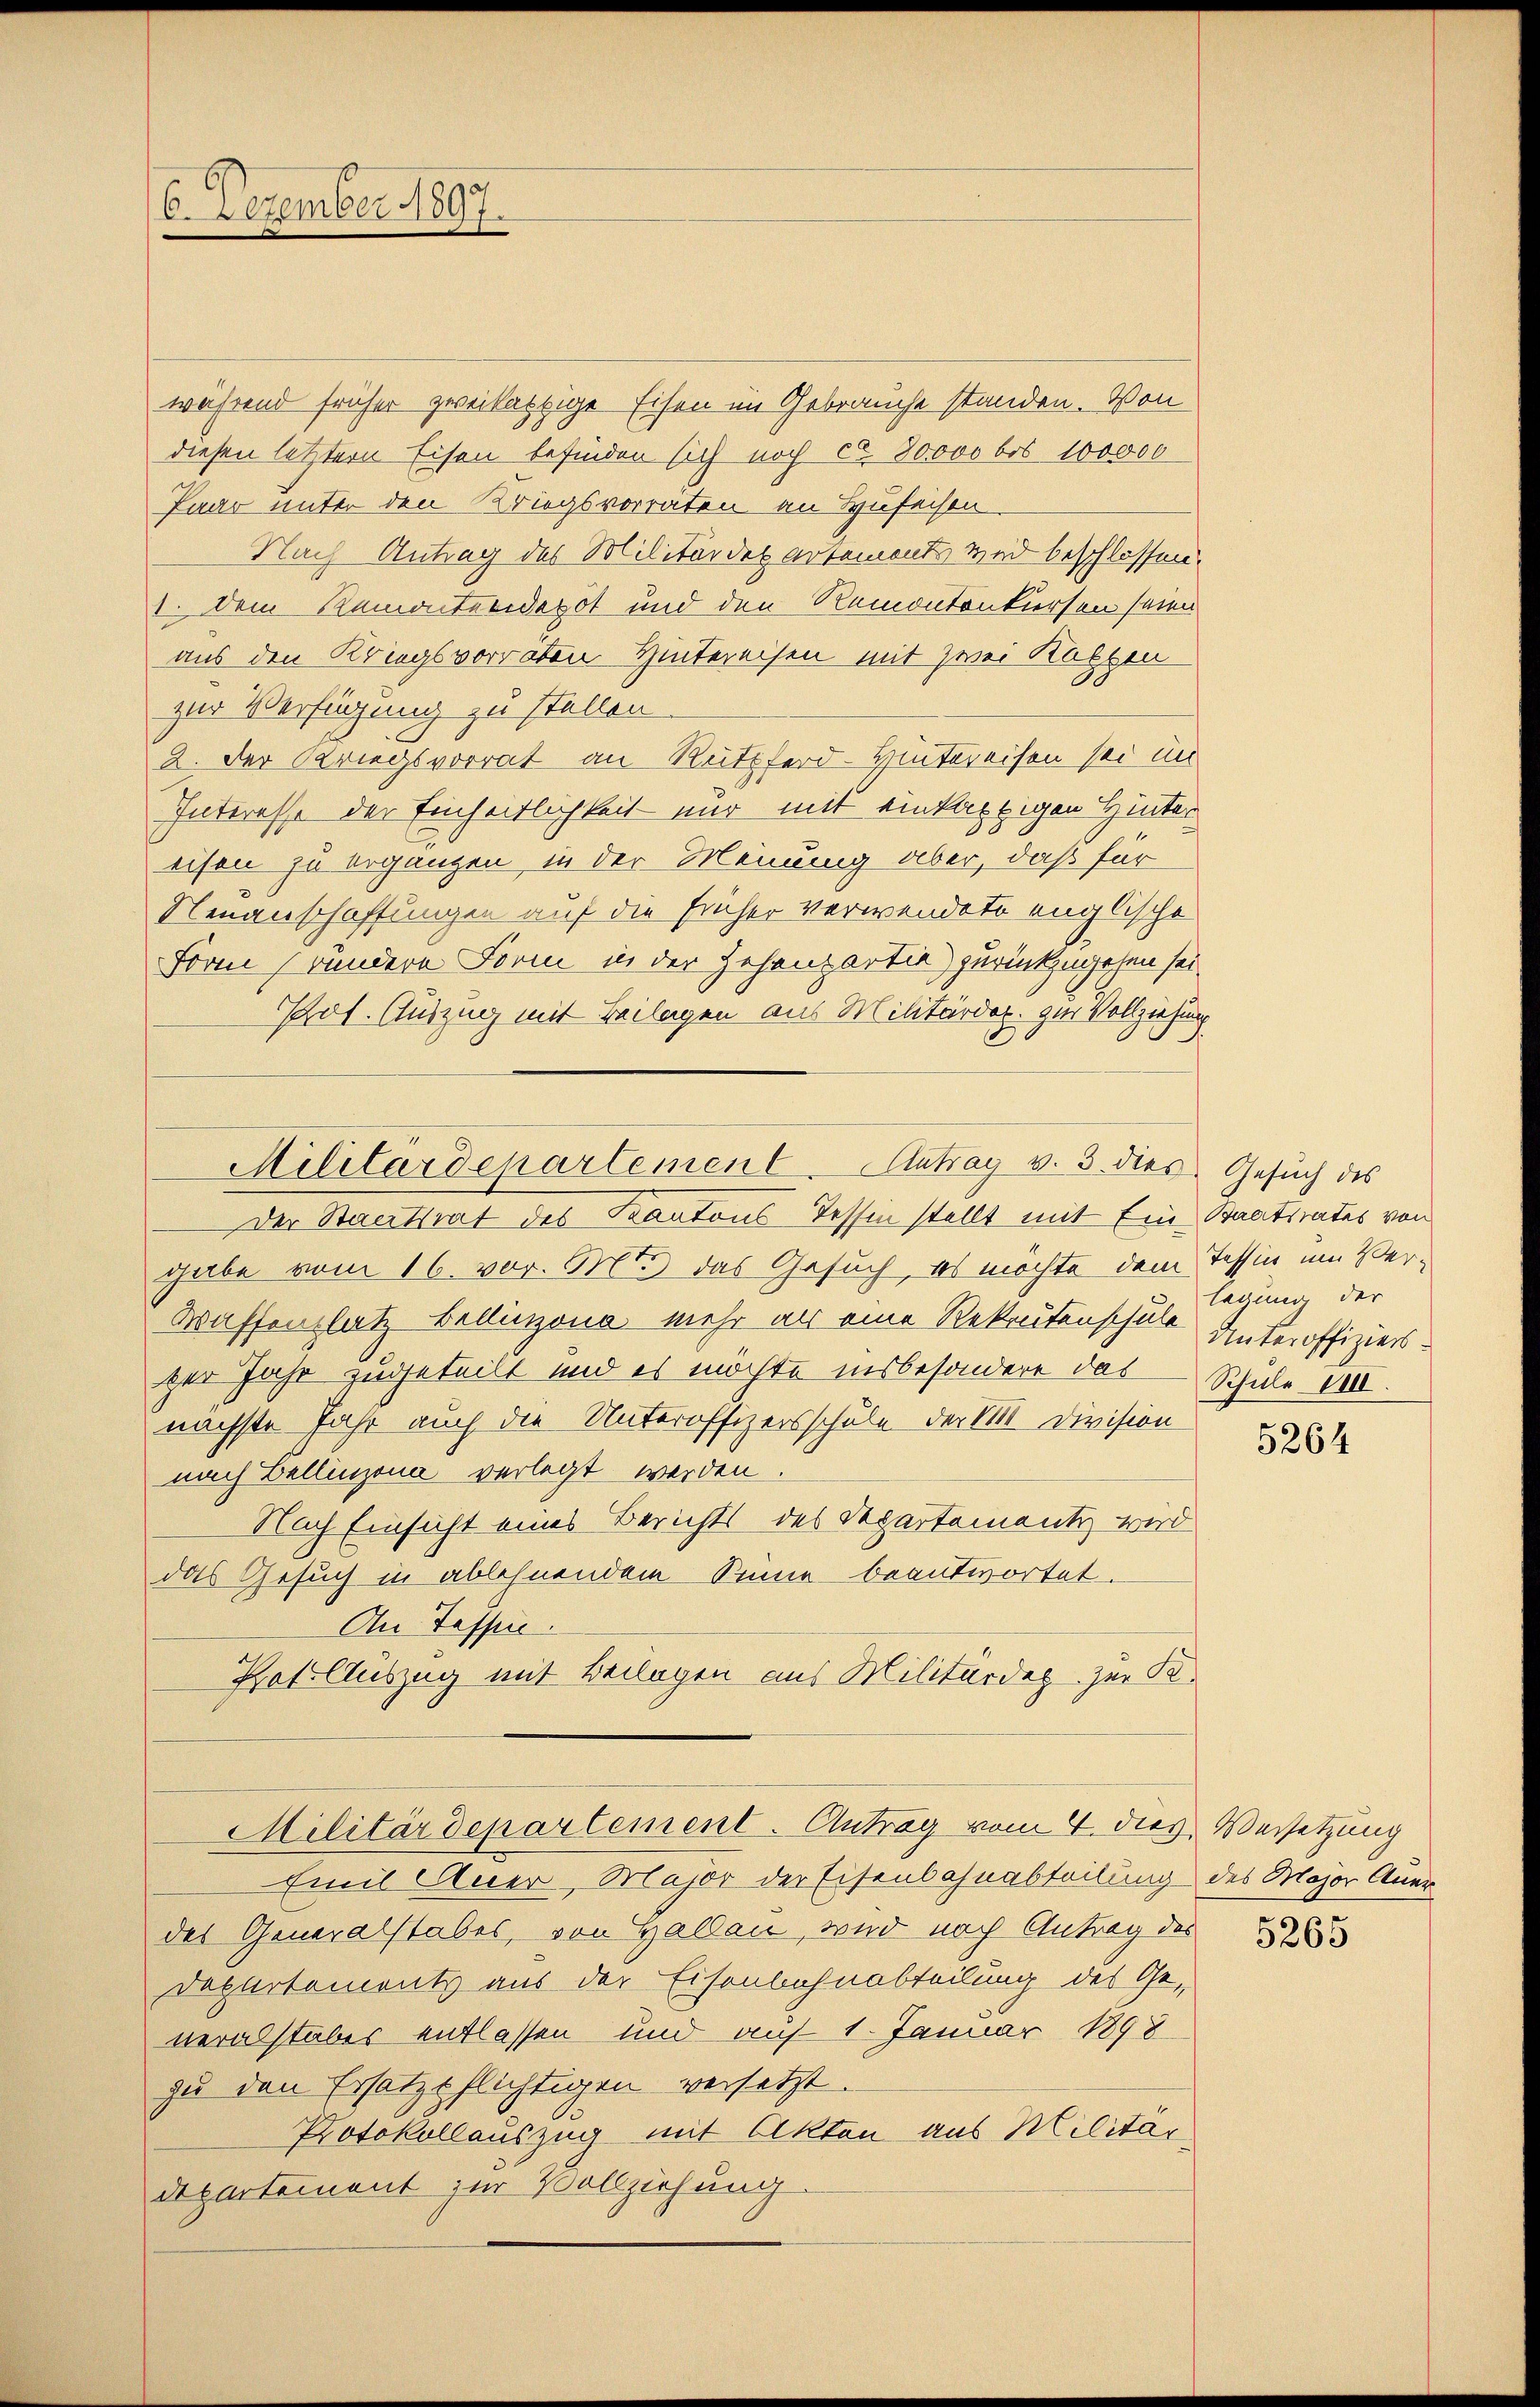
6. Dezember 1897.

während früher zweikastige Eisen im Gebrauche standen. Von
diesen letztern Eisen befinden sich noch ca. 80000 bis 100000
Paar unter den Kriegsvorraten an Hufeisen
Nach Antrag des Militärdepartemonts med beschlossen.
1. Dem Remontendepot und den Remontenkiersen seien
aus den Kriegsvorraten Hintereisen mit zwei Kalten
zur Verfügung zu stellen
2. Der Kriegsvorrat an Rütpferd-Hintereisen sei un
Interesse der Einheitlichkeit nur mit einkartigen Hinter
eisen zu ergänzen, in der Meinung aber, daß für
Neuanschaffungen auf die früher verwendete englische
Form bundere Form in der Zehenzartie) zurückzugehen sei
Pot. Auszug mit Beilagen aus Militärdep. zur Vollziehung
Militärdepartement. Antrag v. 3. dies Gesuch des
Der Staatsrat des Kantons Tessin stellt mit Ein Staatsrates von
gabe vom 16. vor. Mt. das Gesuch, es möchte dem Tessin um Ver¬
Waffenplatz beduzona, mehr als eine Rekrutenschule Unteroffiziersper Jahr zugeteilt und es möchte insbesondere das Schule VIII.
nächste Jahr auch die Unteroffizersschule, der 11. Division
nach Bellinzona verlegt werden.
Nach Einsicht eines Berichts des Departementi wird
das Gesuch in ablehnendem Sinne beantwortet.
An Tessin.
Pot. Auszug mit Beilagen aus Militärdep zur K.

Militärdepartement. Antrag vom 4. dies Versetzung

Emil Auer, Major der Eisenbahnabteilung des Major Aner
des Generalstabes, von Hallen, wird nach Antrag des
Departements aus der Eisenbahnabteilung des Ge-
neralstabes entlassen und auf 1. Januar 1898
zu den Ersatzpflichtigen versetzt.
Protokollauszug mit Akten aus Militär,
Departement zur Vollziehung.

legung der

5264

5265